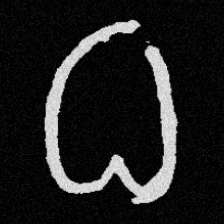
Pyu character \u2014 Myanmar letter: ဓ (romanized: dha)